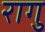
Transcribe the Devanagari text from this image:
रागु